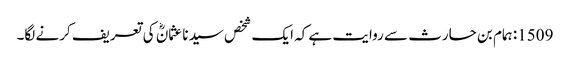
1509: ہمام بن حارث سے روایت ہے کہ ایک شخص سیدنا عثمانؓ کی تعریف کرنے لگا۔